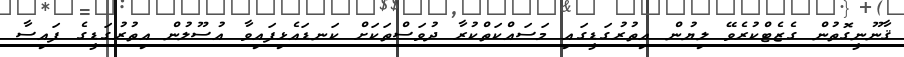
ޤާނޫނީގޮތުން ގެޒެޓްކުރެވޭ ލިޔުން އިތުރުގަޑީގައި މަސައްކަތްކުރާ ދުވަސްތަކަށް ކަނޑައެޅިފައިވާ އުސޫލުން އިތުރުގަޑީގެ ފައިސާ